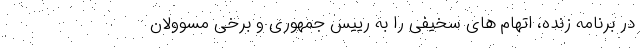
در برنامه زنده، اتهام های سخیفی را به رییس جمهوری و برخی مسوولان